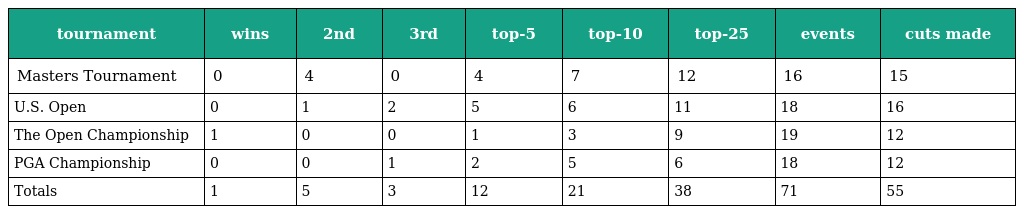
| tournament | wins | 2nd | 3rd | top-5 | top-10 | top-25 | events | cuts made |
 | --- | --- | --- | --- | --- | --- | --- | --- | --- |
 | Masters Tournament | 0 | 4 | 0 | 4 | 7 | 12 | 16 | 15 |
 | U.S. Open | 0 | 1 | 2 | 5 | 6 | 11 | 18 | 16 |
 | The Open Championship | 1 | 0 | 0 | 1 | 3 | 9 | 19 | 12 |
 | PGA Championship | 0 | 0 | 1 | 2 | 5 | 6 | 18 | 12 |
 | Totals | 1 | 5 | 3 | 12 | 21 | 38 | 71 | 55 |